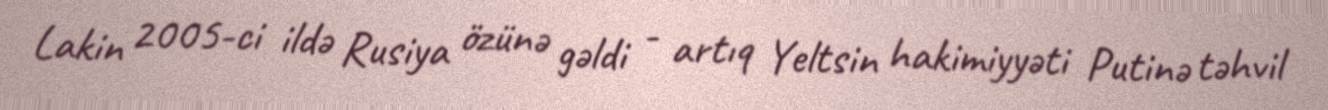
Lakin 2005-ci ildə Rusiya özünə gəldi - artıq Yeltsin hakimiyyəti Putinə təhvil